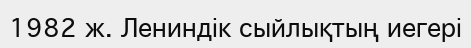
1982 ж. Лениндік сыйлықтың иегері